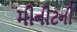
મીનીટની